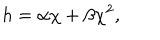
LaTeX: h = \alpha \chi + \beta \chi ^ { 2 } ,